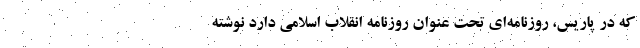
که در پاریس، روزنامه‌ای تحت عنوان روزنامه انقلاب اسلامی دارد نوشته